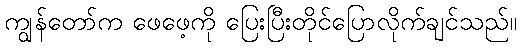
ကျွန်တော်က ဖေဖေ့ကို ပြေးပြီးတိုင်ပြောလိုက်ချင်သည်။